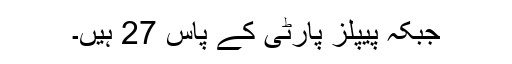
جبکہ پیپلز پارٹی کے پاس 27 ہیں۔